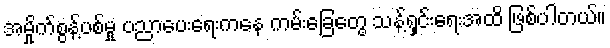
အမှိုက်စွန့်ပစ်မှု ပညာပေးရေးကနေ ကမ်းခြေတွေ သန့်ရှင်းရေးအထိ ဖြစ်ပါတယ်။